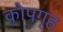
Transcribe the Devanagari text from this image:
कोपगृह